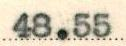
48.55